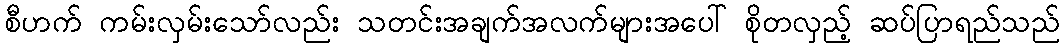
စီဟက် ကမ်းလှမ်းသော်လည်း သတင်းအချက်အလက်များအပေါ် စိုတလှည့် ဆပ်ပြာရည်သည်